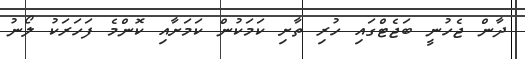
ދާން ޖެހުނީ ބަޖެޓްގައި ހުރި ތާށި ކަމަކުން ކަމަށާއި ކޮންމެ ފަހަރަކު ލޯނު